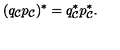
( q _ { \cal C } p _ { \cal C } ) ^ { * } = q _ { \cal C } ^ { * } p _ { \cal C } ^ { * } .